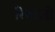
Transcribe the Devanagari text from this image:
रिवाज़ो